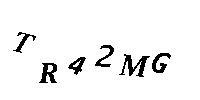
TR42MG